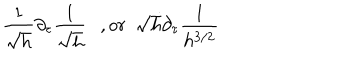
LaTeX: \frac { 1 } { \sqrt { h } } \partial _ { \tau } \frac { 1 } { \sqrt { h } } \ \ \ , o r \ \ \sqrt { h } \partial _ { \tau } \frac { 1 } { h ^ { 3 / 2 } }